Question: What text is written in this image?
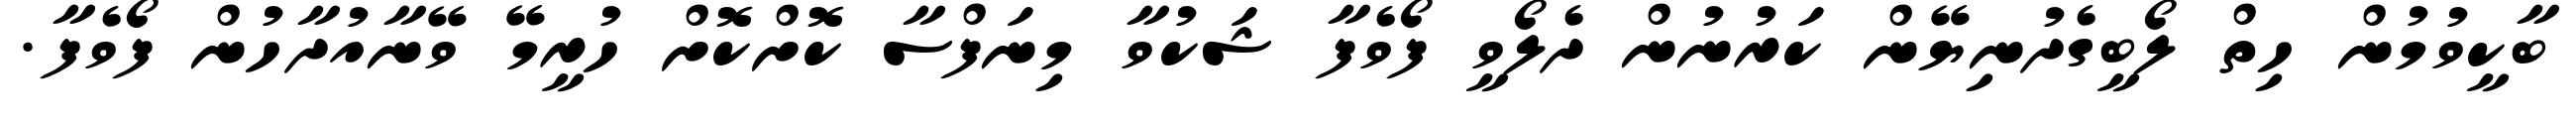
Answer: ބާކީވުމުން ހިތް ލޯބީގެދުނިޔޭން ކަރުނުން ދެލޯވީ ފޯވެފާ ޝަކުވާ މިނަފްސާ ކޮށްކޮށް ހުރީމޭ ވޭނާއުދާހުން ފޯވެފާ.